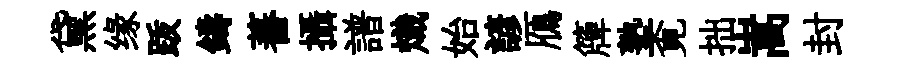
黛缘䟦鑄蕃攝譜熾始諺鴈簰塾覔拙嵩封